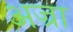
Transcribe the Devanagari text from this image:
अज्रा